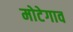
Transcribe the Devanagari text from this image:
मोटेगाव